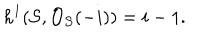
LaTeX: h ^ { 1 } ( { \cal S } , { \cal O } _ { { \cal S } } ( - i ) ) = i - 1 .